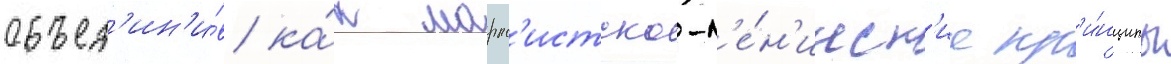
объед'ин'и́в ка́к маркс'истско-л'е́н'инск'ие пр'и́нципы